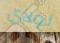
لولاي